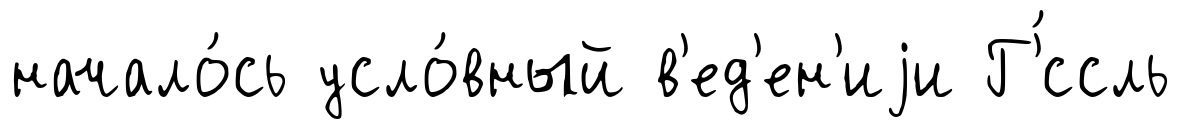
начало́сь усло́вный в'ед'ен'иjи Г'́ссль